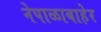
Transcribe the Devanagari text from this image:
नेपाळाबाहेर